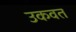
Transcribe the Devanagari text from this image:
उकवत